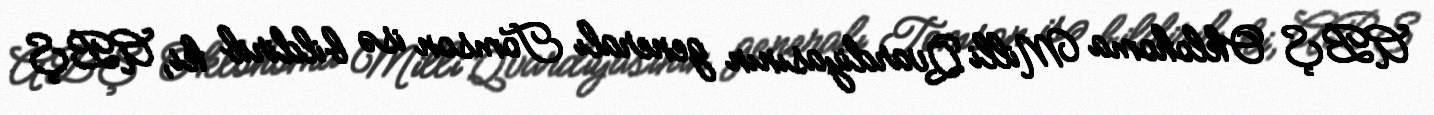
ABŞ Oklohoma Milli Qvardiyasının generalı Tomson isə bildirib ki, ABŞ